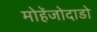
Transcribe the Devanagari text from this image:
मोहेंजोदाडो